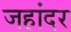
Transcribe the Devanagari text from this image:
जहांदर